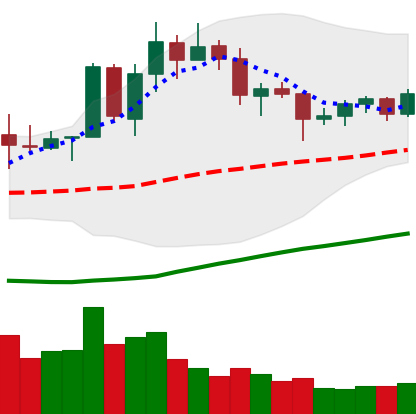
Ticker: TRX-USD
Chart end date: 2020-07-21
Forward return: 5.483%
Label: up_5_7